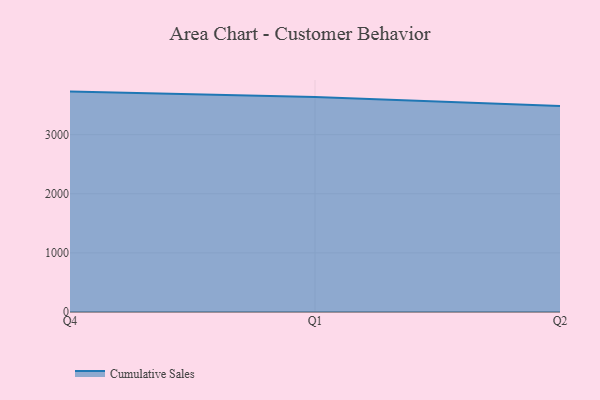
{"axis": {"x": "Quarter", "y": "Market Share (%)"}, "legend": ["Cumulative Sales"], "data": [{"x": "Q4", "y": 3728.5, "type": "Cumulative Sales"}, {"x": "Q1", "y": 3637.0, "type": "Cumulative Sales"}, {"x": "Q2", "y": 3485.7, "type": "Cumulative Sales"}]}